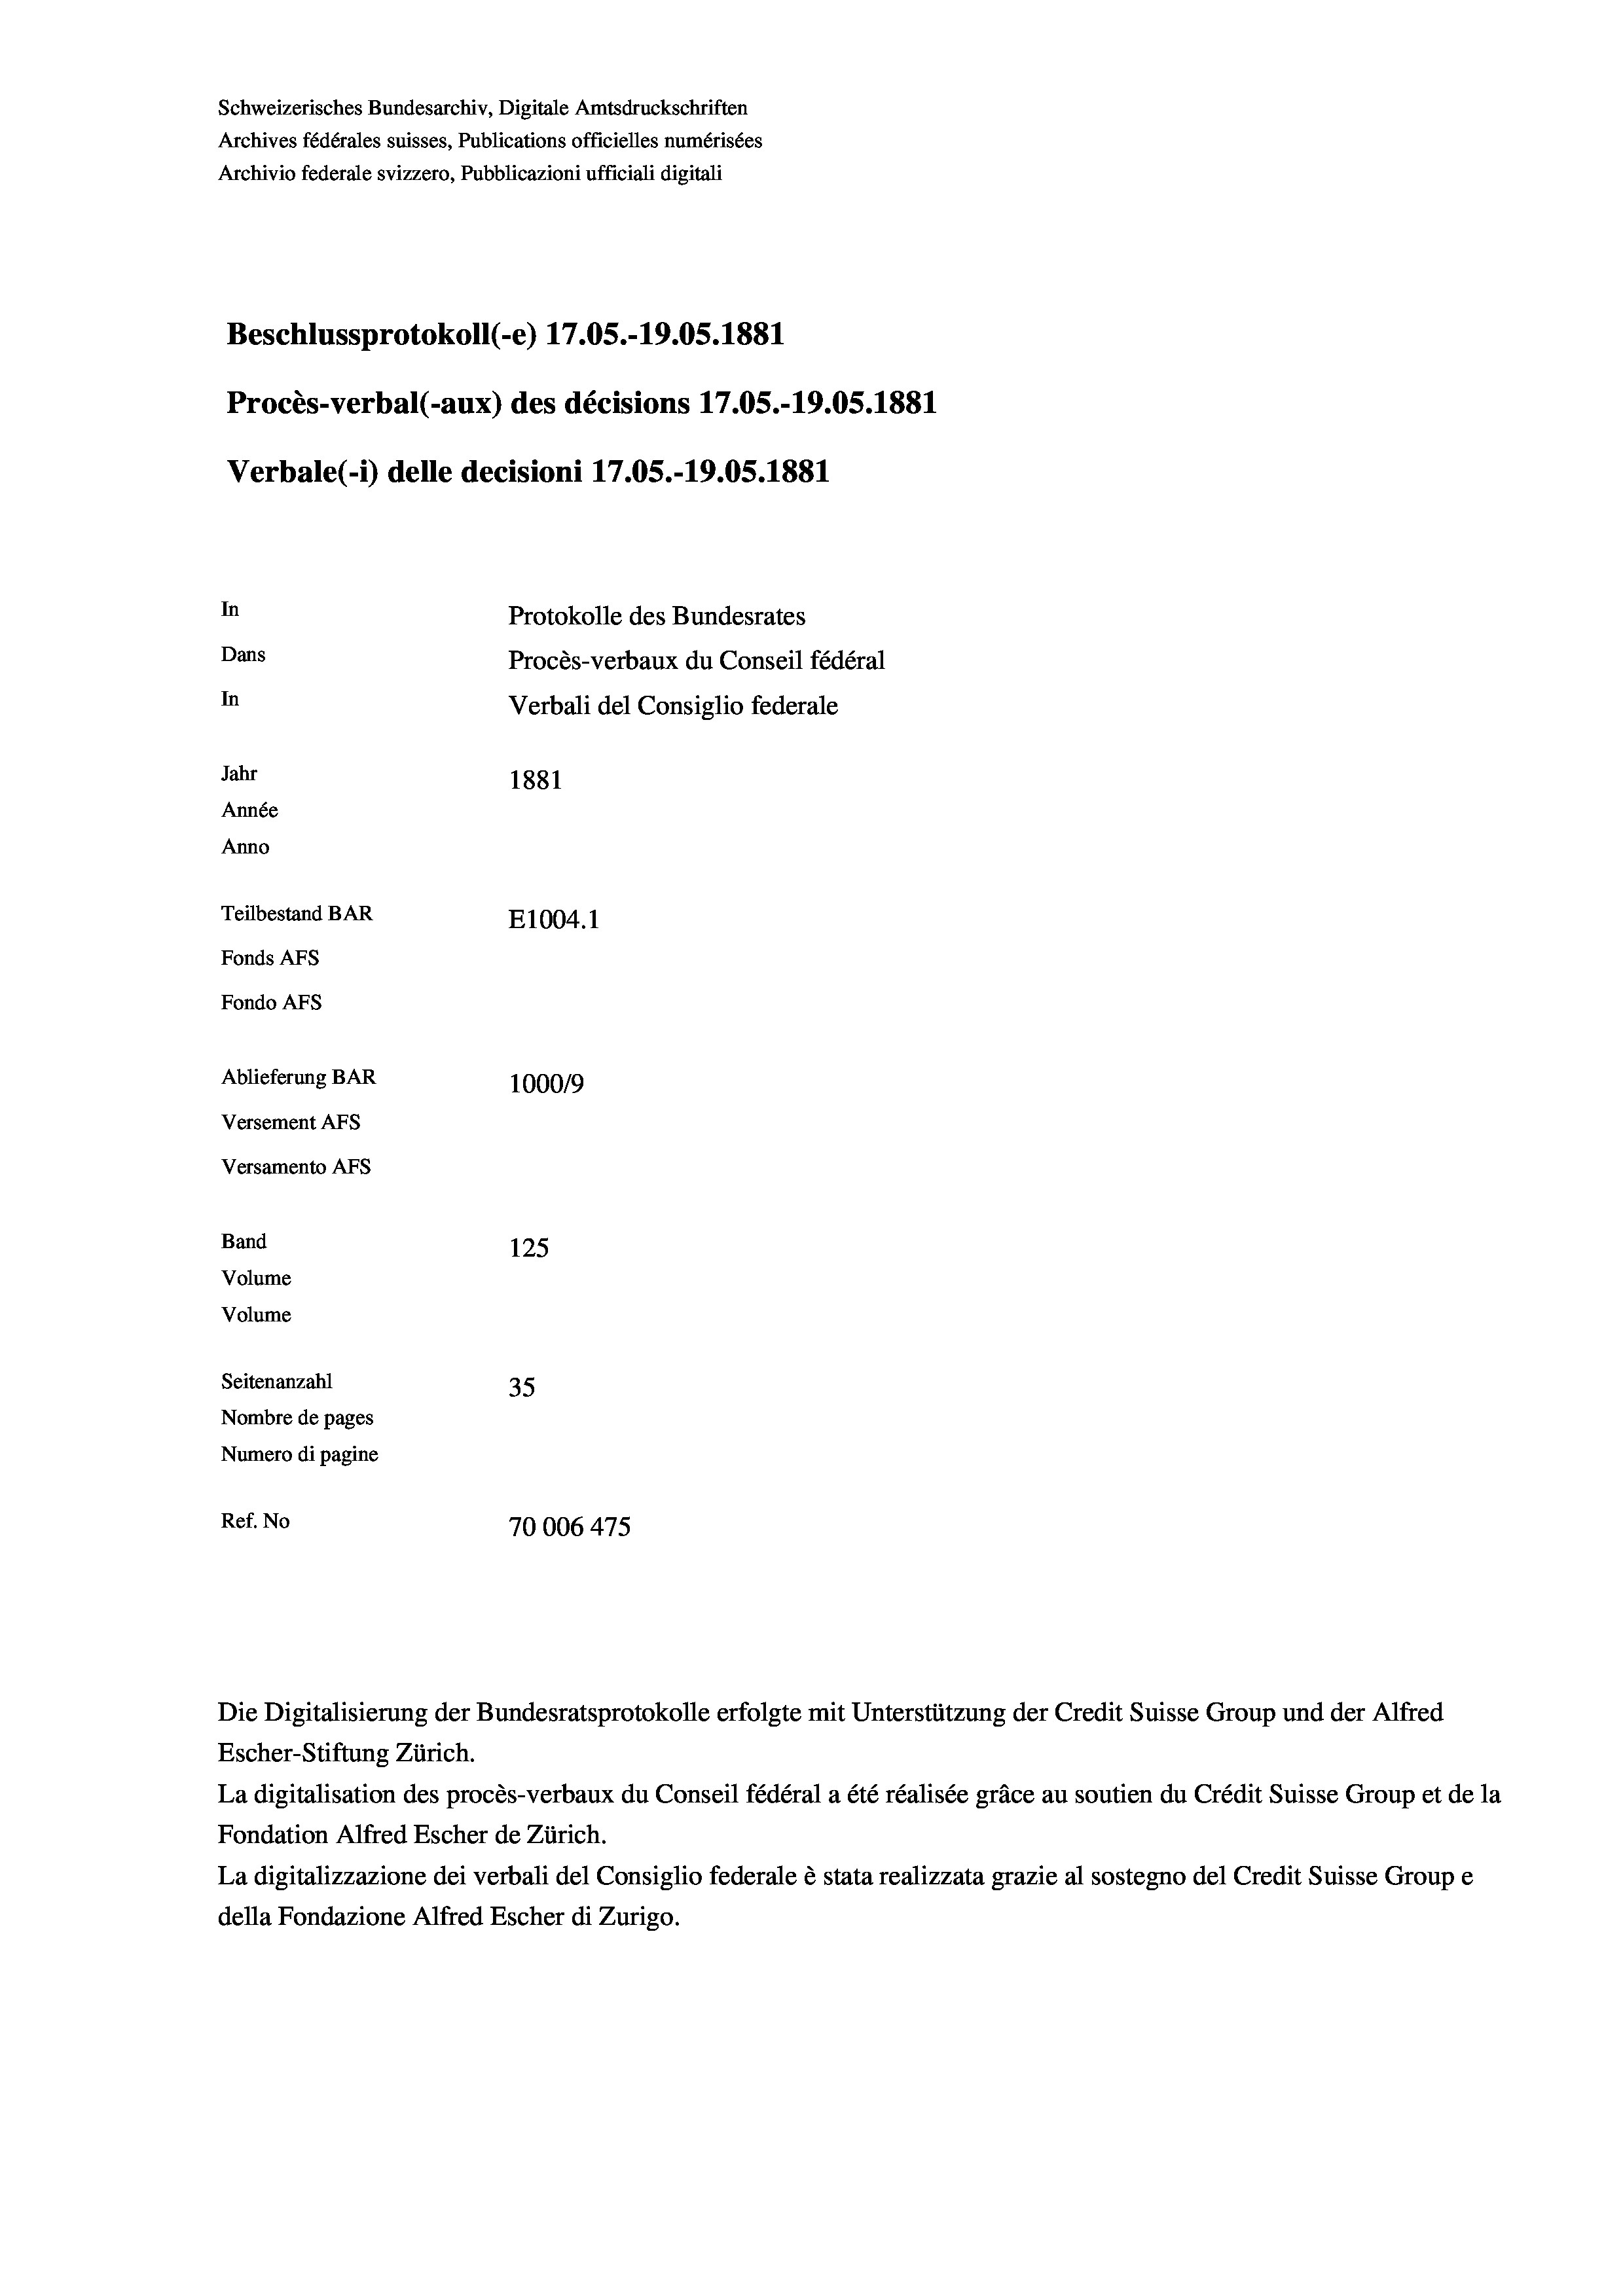
Schweizerisches Bundesarchiv, Digitale Amtsdruckschriften
Archives fédérales suisses, Publications officielles numérisées
Archivio federale svizzero, Pubblicazioni ufficiali digitali
Beschlussprotokoll (-e) 17.05.-19.05. 1881
Procès-verbal (-aux) des décisions 17.05.-19.05. 1881
Verbale (- 1) delle decisioni 17.05.-19.05. 1881
In
Protokolle des Bundesrates
Dans
Procès-verbaux du Conseil fédéral
In
Verbali del Consiglio federale
Jahr
1881
Année
Anno
Teilbestand BAR
E1004. 1
Fonds AFs
Fondo AFS
Ablieferung BAR
100019
Versement AFs
Versamento Afs
Band
125
Volume
Volume
Seitenanzahl
35
Nombre de pages
Numero di pagine
Ref. No
70006 475

Escher-Stiftung Zürich.
La digitalisation des procès-verbaux du Conseil fédéral a été réalisée gräce au soutien du Crédit Suisse Group et de la
Fondation Alfred Escher de Zürich.
La digitalizzazione dei verbali del Consiglio federale è stata realizzata grazie al sostegno del Credit Suisse Groupe
della Fondazione Alfred Escher di Zurigo.

Die Digitalisierung der Bundesratsprotokolle erfolgte mit Unterstützung der Credit Suisse Group und der Alfred